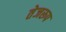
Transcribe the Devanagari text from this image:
तेजरूप